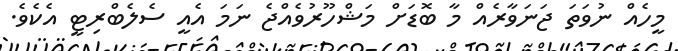
މީހެއް ނުވަތަ ޖަނަވާރެއް މާ ބޮޑަށް މަޝްހޫރުވެއްޖެ ނަމަ އެއީ ސެލެބްރިޓީ އެކެވެ.